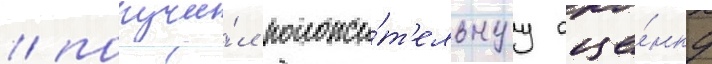
/ получи́л положи́т'ельнуу оце́нку